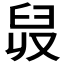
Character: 𦥠